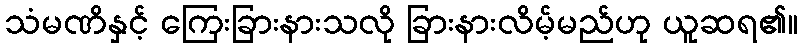
သံမဏိနှင့် ကြေးခြားနားသလို ခြားနားလိမ့်မည်ဟု ယူဆရ၏။